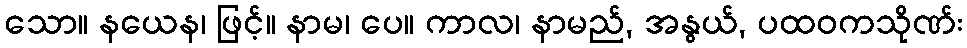
သော။ နယေန၊ ဖြင့်။ နာမ၊ ပေ။ ကာလ၊ နာမည်, အနွယ်, ပထဝကသိုဏ်း